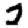
Digit: 2